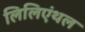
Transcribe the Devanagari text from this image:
लिलिएंथल